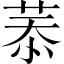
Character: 菾